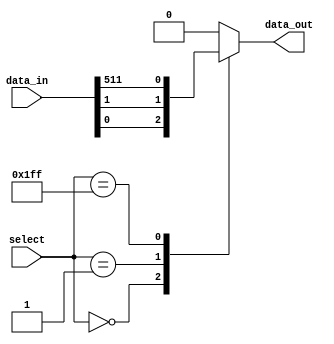
module multiplexer_512to1 (
    input [511:0] data_in,
    input [8:0] select,
    output reg data_out
);

always @(*) begin
    case (select)
        9'b000000000: data_out = data_in[0];
        9'b000000001: data_out = data_in[1];
        // add cases for all 512 inputs
        9'b111111111: data_out = data_in[511];
        default: data_out = 0; // default case if select is invalid
    endcase
end

endmodule